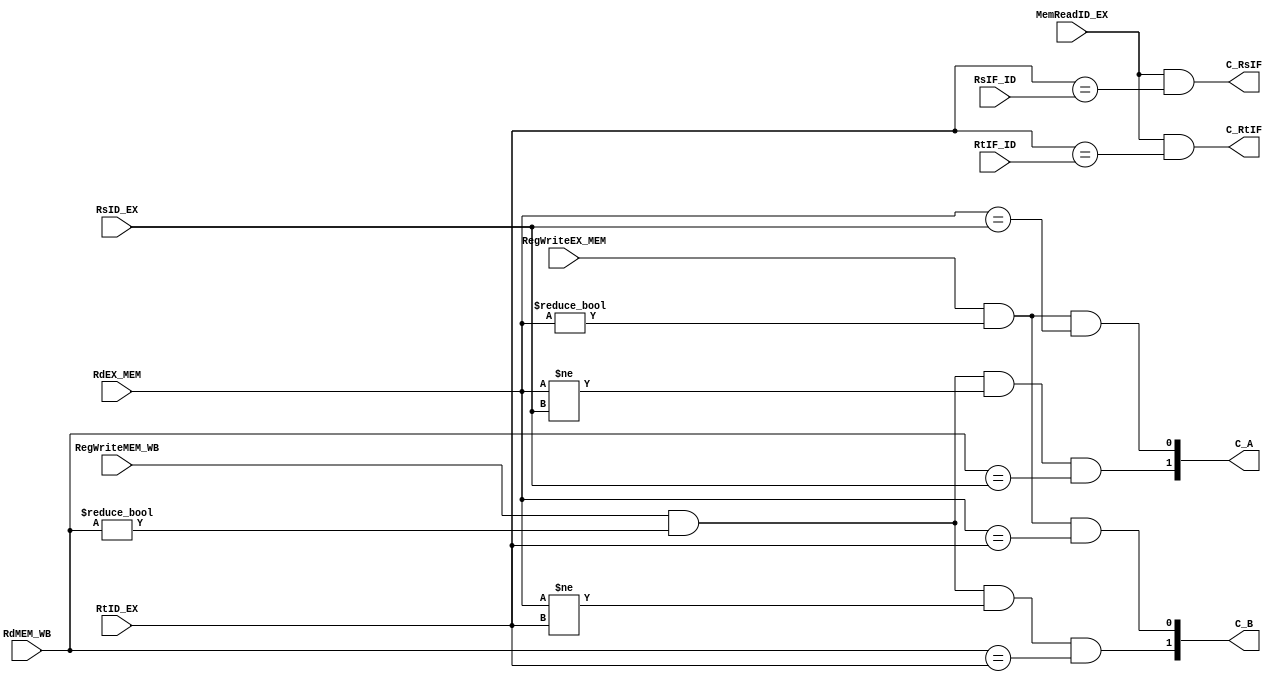
// 
module Forwarding
(
		input [4:0] RsIF_ID,
		input [4:0] RtIF_ID,
		input [4:0] RsID_EX,
		input [4:0] RtID_EX,
		input [4:0] RdEX_MEM,
		input RegWriteEX_MEM,
		input RegWriteMEM_WB,
		input [4:0] RdMEM_WB,
		output [1:0] C_A,
		output [1:0] C_B,
		output C_RsIF,
		output C_RtIF,
		input MemReadID_EX
);

assign C_A[0]= RegWriteEX_MEM && (RdEX_MEM!=0) && (RdEX_MEM==RsID_EX);
assign C_B[0]= RegWriteEX_MEM && (RdEX_MEM!=0) && (RdEX_MEM==RtID_EX);
assign C_A[1]= RegWriteMEM_WB && (RdMEM_WB!=0) && (RdEX_MEM!=RsID_EX) && (RdMEM_WB==RsID_EX);
assign C_B[1]= RegWriteMEM_WB && (RdMEM_WB!=0) && (RdEX_MEM!=RtID_EX) && (RdMEM_WB==RtID_EX);

assign C_RsIF= MemReadID_EX && (RtID_EX==RsIF_ID);
assign C_RtIF= MemReadID_EX && (RtID_EX==RtIF_ID);
endmodule